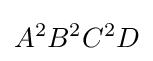
A^{2}B^{2}C^{2}D